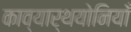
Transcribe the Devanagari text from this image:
काव्यार्थयोनियाँ